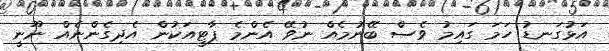
އަޅުގަނޑު ހަމަ ގައިމު ވެސް ބޭނުމެއް ނުވޭ އެންމެ ޕާޓީއަކުން އެދިގެންނެއް ނޫނީ